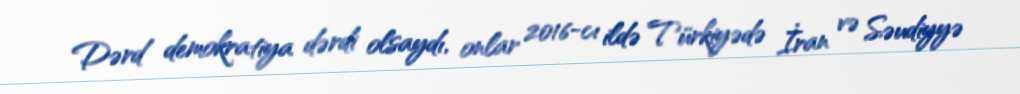
Dərd demokratiya dərdi olsaydı, onlar 2016-cı ildə Türkiyədə İran və Səudiyyə